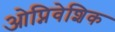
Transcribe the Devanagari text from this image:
ओप्निवेशिक